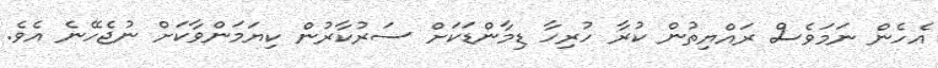
އެހެން ނަމަވެސް ރައްޔިތުން ކުރާ ހުރިހާ ޑިމާންޑަކަށް ސަރުކާރުން ކިޔަމަންވާކަށް ނުޖެހޭނެ އެވެ.